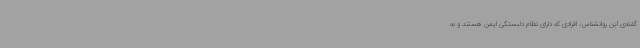
گفته‌ی این روانشناس، افرادی که دارای نظام دلبستگی ایمن هستند و به